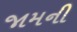
જામની